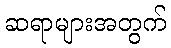
ဆရာများအတွက်